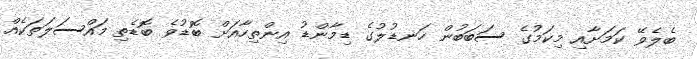
ބެލެވޭ ކަމަށާއި މިކަމުގެ ސަބަބުން ހަނޑުލުގެ ޑިމާންޑު އިންތިހާއަށް ބޮޑުވެ ބޮޑެތި މައްސަލަތަކެއް